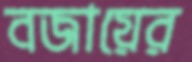
বজায়ের